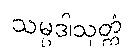
သမ္ပဒါသုတ္တံ